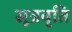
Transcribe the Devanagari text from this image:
सूत्रवृति